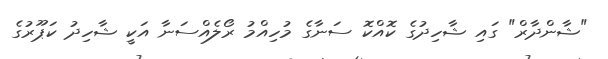
"ޝާންދާރް" ގައި ޝާހިދުގެ ކޮއްކޮ ސަނާގެ މުހިއްމު ރޯލެއްސަނާ އަކީ ޝާހިދު ކަޕޫރުގެ